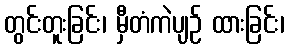
တွင်းတူးခြင်း၊ မှီတံကဲပျဉ် ထားခြင်း၊